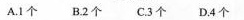
A.1个B.2个C.3个D.4个